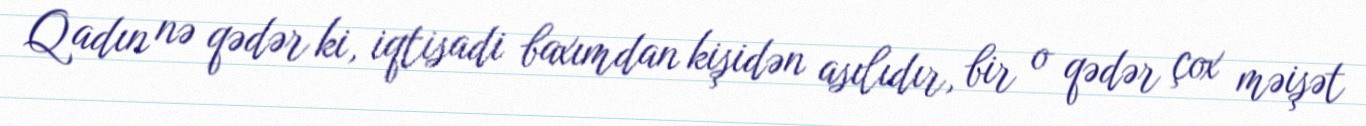
Qadın nə qədər ki, iqtisadi baxımdan kişidən asılıdır, bir o qədər çox məişət